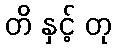
တိ နှင့် တု